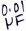
Text: 0.01µF